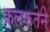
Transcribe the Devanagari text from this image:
कल्प्कतेने